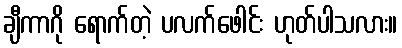
ချီကာဂို ရောက်တဲ့ ပလက်ဖေါင်း ဟုတ်ပါသလား။